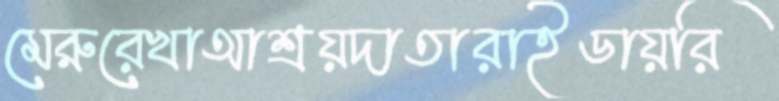
মেরুরেখাআশ্রয়দাতারাইডায়রি